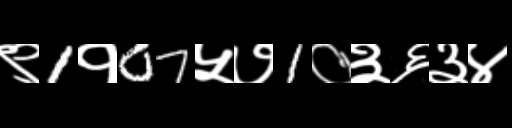
Text: ९1१07५७1०३६३४